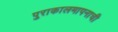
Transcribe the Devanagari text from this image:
पुराकालमापनाची